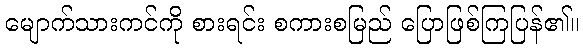
မျောက်သားကင်ကို စားရင်း စကားစမြည် ပြောဖြစ်ကြပြန်၏။